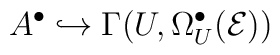
A^{\bullet} \hookrightarrow \Gamma (U, \Omega_{U}^{\bullet}({\cal E}))